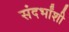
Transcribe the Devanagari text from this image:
संदर्भांशी